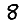
Digit: 8